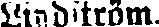
Lindström,